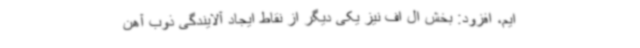
ایم، افزود: بخش ال اف نیز یکی دیگر از نقاط ایجاد آلایندگی ذوب آهن